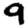
Digit: 9